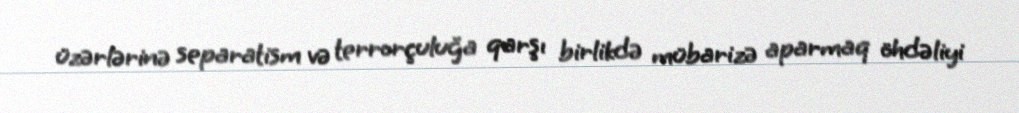
üzərlərinə separatism və terrorçuluğa qarşı birlikdə mübarizə aparmaq öhdəliyi